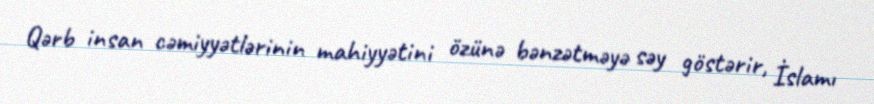
Qərb insan cəmiyyətlərinin mahiyyətini özünə bənzətməyə səy göstərir, İslamı